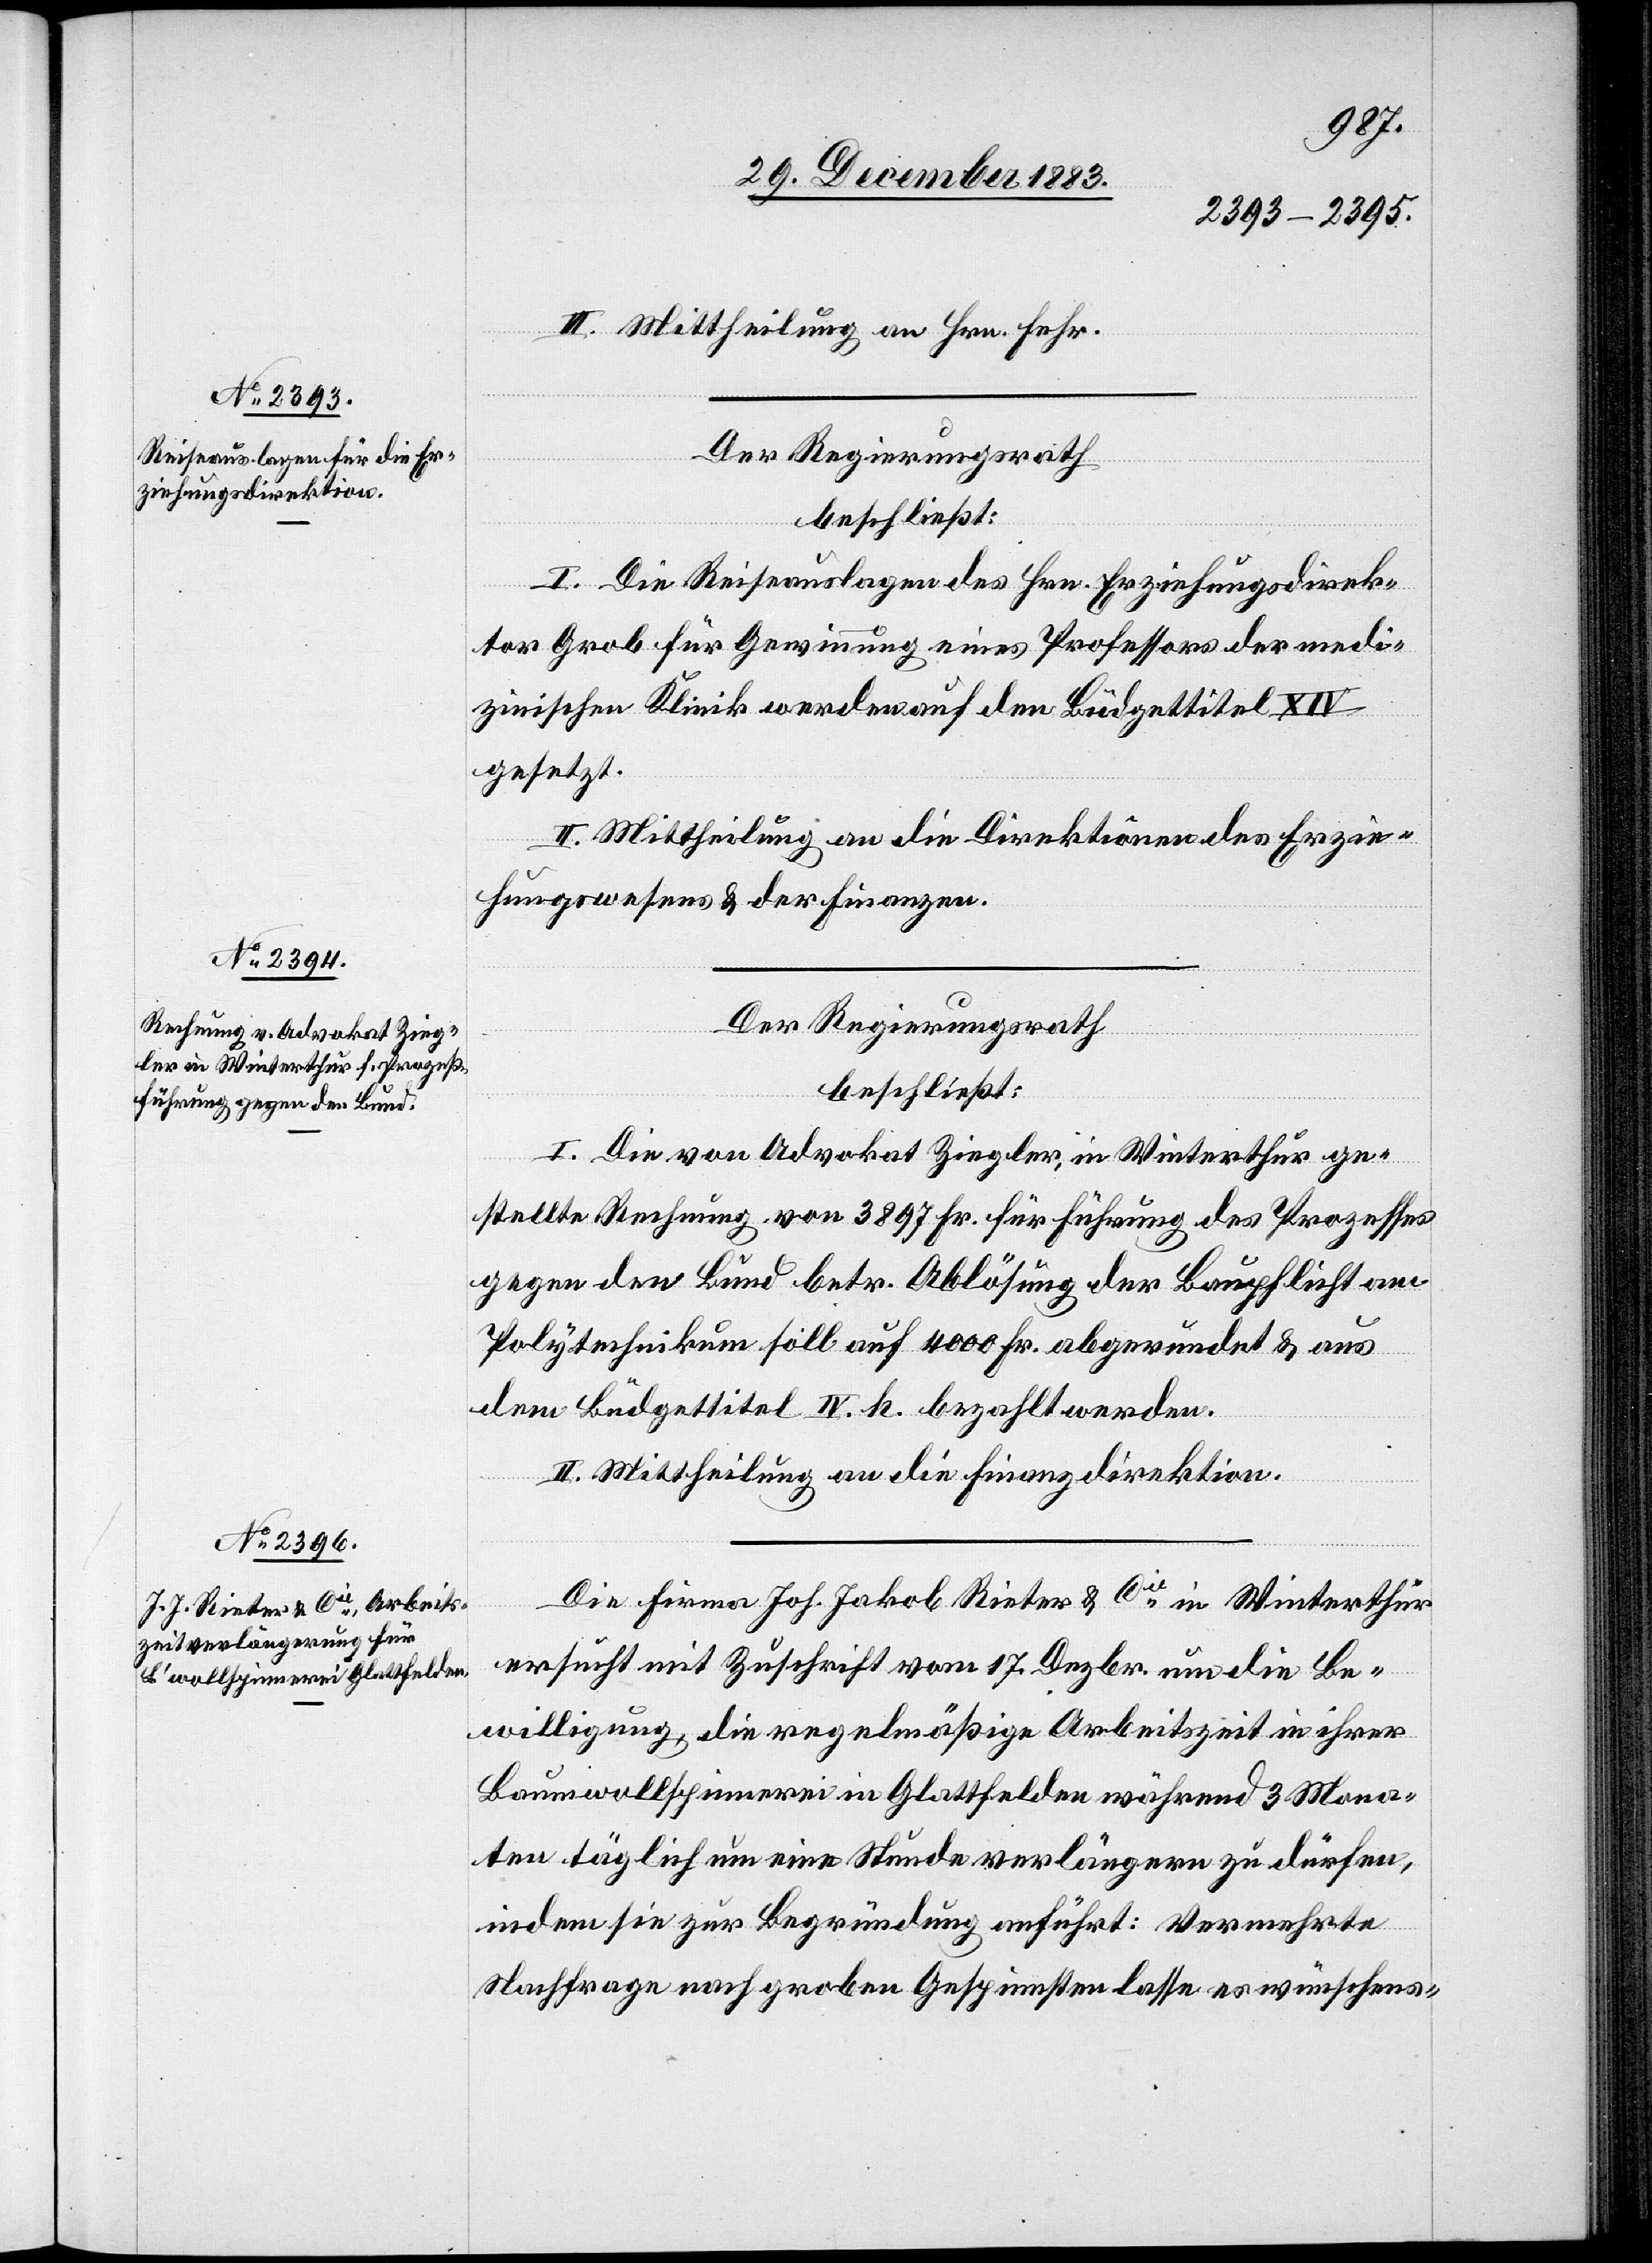
III. Mittheilung an Hrn. Fehr.
Der Regierungsrath
beschließt:
I. Die Reiseauslagen des Hrn. Erziehungsdirek¬
tor Grob für Gewinnung eines Professors der medi¬
zinischen Klinik werden auf den Büdgettitel XIV
gesetzt.
II. Mittheilung an die Direktion des Erzie¬
hungswesens & der Finanzen.
Der Regierungsrath
beschließt:
I. Die von Advokat Ziegler, in Winterthur ge¬
stellte Rechnung von 3897 Fr. für Führung des Prozesses
gegen den Bund betr. Ablösung der Baupflicht am
Polytechnikum soll auf 4000 Fr. abgerundet & aus
dem Büdgettitel IV h bezahlt werden.
II. Mittheilung an die Finanzdirektion.
Die Firma Joh. Jakob Rieter & Cie in Winterthur
ersucht mit Zuschrift vom 17. Dezbr. um die Be¬
willigung, die regelmäßige Arbeitszeit in ihrer
Baumwollspinnerei in Glattfelden während 3 Mona¬
ten täglich um eine Stunde verlängern zu dürfen,
indem sie zur Begründung anführt: Vermehrte
Nachfrage nach groben Gespinnsten lasse es wünschens-